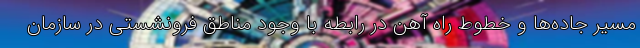
مسیر جاده‌ها و خطوط راه آهن در رابطه با وجود مناطق فرونشستی در سازمان